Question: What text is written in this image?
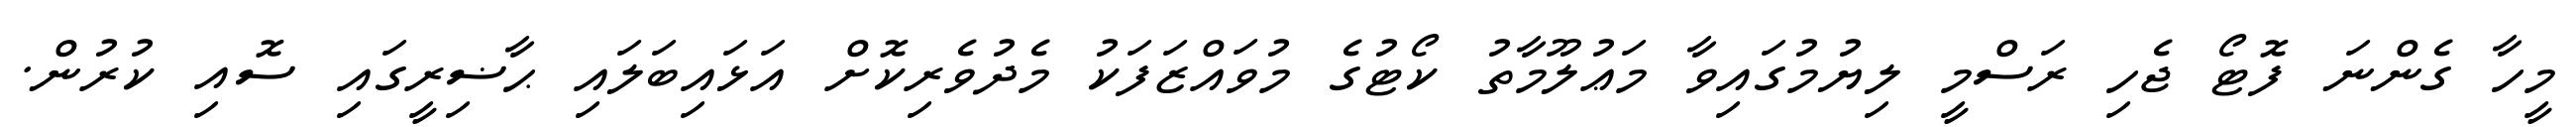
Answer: މީހާ ގެންނަ ފޮޓޯ ޖެހި ރަސްމީ ލިޔުމުގައިވާ މަޢުލޫމާތު ކޯޓުގެ މުވައްޒަފަކު މެދުވެރިކޮށް އަޅައިބަލައި ޙާޟިރީގައި ސޮއި ކުރުން.